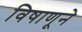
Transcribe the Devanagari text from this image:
विषाणूने